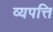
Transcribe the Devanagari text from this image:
व्यपत्ति